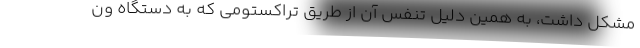
مشکل داشت، به همین دلیل تنفس آن از طریق تراکستومی که به دستگاه ون